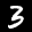
Label: 3